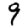
Digit: 9